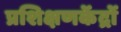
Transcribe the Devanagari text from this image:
प्रशिक्षणकेंद्रों